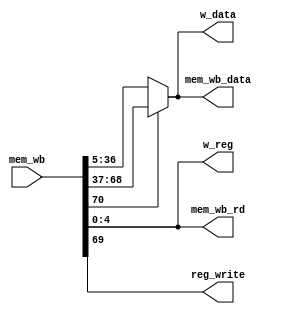
`timescale 1ns / 1ps
//////////////////////////////////////////////////////////////////////////////////
// Company: 
// Engineer: 
// 
// Design Name: 
// Module Name: write_back
// Project Name: 
// Target Devices: 
// Tool Versions: 
// Description: 
// 
// Dependencies: 
// 
// Revision:
// Revision 0.01 - File Created
// Additional Comments:
// 
//////////////////////////////////////////////////////////////////////////////////


module write_back(
input [70:0]mem_wb,
output [4:0]w_reg,
output [31:0]w_data,
output reg_write,
output [31:0]mem_wb_data,
output [4:0]mem_wb_rd
    );
wire [31:0]data1,data2;
assign w_reg=mem_wb[4:0];
assign data1=mem_wb[36:5];
assign data2=mem_wb[68:37];
assign w_data=mem_wb[70]?data2:data1;
assign reg_write=mem_wb[69];
assign mem_wb_data=w_data;  
assign mem_wb_rd=mem_wb[4:0];  
endmodule